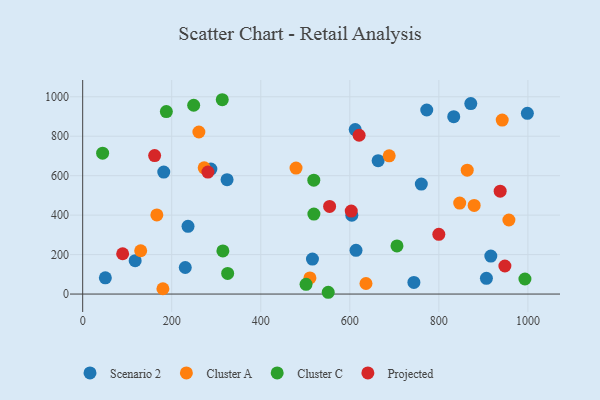
{"axis": {"x": "Ad Spend", "y": "Fuel Efficiency"}, "legend": ["Cluster A", "Cluster C", "Projected", "Scenario 2"], "data": [{"x": "604.5", "y": 399.3, "type": "Scenario 2"}, {"x": "50.9", "y": 82.3, "type": "Scenario 2"}, {"x": "117.9", "y": 169.1, "type": "Scenario 2"}, {"x": "230.4", "y": 134.7, "type": "Scenario 2"}, {"x": "998.8", "y": 915.9, "type": "Scenario 2"}, {"x": "613.9", "y": 221.6, "type": "Scenario 2"}, {"x": "612.1", "y": 833.8, "type": "Scenario 2"}, {"x": "516.1", "y": 177.5, "type": "Scenario 2"}, {"x": "287.9", "y": 633.4, "type": "Scenario 2"}, {"x": "663.6", "y": 676.1, "type": "Scenario 2"}, {"x": "871.7", "y": 965.3, "type": "Scenario 2"}, {"x": "324.3", "y": 579.5, "type": "Scenario 2"}, {"x": "760.6", "y": 557.4, "type": "Scenario 2"}, {"x": "743.9", "y": 59.0, "type": "Scenario 2"}, {"x": "906.8", "y": 79.9, "type": "Scenario 2"}, {"x": "182.1", "y": 618.5, "type": "Scenario 2"}, {"x": "833.4", "y": 899.3, "type": "Scenario 2"}, {"x": "916.7", "y": 192.6, "type": "Scenario 2"}, {"x": "772.8", "y": 932.8, "type": "Scenario 2"}, {"x": "236.6", "y": 343.3, "type": "Scenario 2"}, {"x": "272.9", "y": 639.9, "type": "Cluster A"}, {"x": "510.4", "y": 81.9, "type": "Cluster A"}, {"x": "636.3", "y": 53.5, "type": "Cluster A"}, {"x": "688.4", "y": 700.5, "type": "Cluster A"}, {"x": "130.3", "y": 219.5, "type": "Cluster A"}, {"x": "166.6", "y": 401.3, "type": "Cluster A"}, {"x": "479.2", "y": 638.7, "type": "Cluster A"}, {"x": "957.3", "y": 375.4, "type": "Cluster A"}, {"x": "846.8", "y": 461.0, "type": "Cluster A"}, {"x": "261.0", "y": 821.3, "type": "Cluster A"}, {"x": "180.2", "y": 26.9, "type": "Cluster A"}, {"x": "942.3", "y": 881.8, "type": "Cluster A"}, {"x": "879.3", "y": 449.0, "type": "Cluster A"}, {"x": "863.7", "y": 627.9, "type": "Cluster A"}, {"x": "705.9", "y": 243.7, "type": "Cluster C"}, {"x": "187.9", "y": 924.7, "type": "Cluster C"}, {"x": "519.3", "y": 405.5, "type": "Cluster C"}, {"x": "993.3", "y": 76.2, "type": "Cluster C"}, {"x": "249.3", "y": 957.1, "type": "Cluster C"}, {"x": "325.6", "y": 104.8, "type": "Cluster C"}, {"x": "551.5", "y": 9.0, "type": "Cluster C"}, {"x": "519.1", "y": 577.4, "type": "Cluster C"}, {"x": "314.9", "y": 218.6, "type": "Cluster C"}, {"x": "501.7", "y": 49.1, "type": "Cluster C"}, {"x": "44.8", "y": 714.0, "type": "Cluster C"}, {"x": "313.5", "y": 985.0, "type": "Cluster C"}, {"x": "554.6", "y": 444.1, "type": "Projected"}, {"x": "89.8", "y": 204.2, "type": "Projected"}, {"x": "161.6", "y": 701.7, "type": "Projected"}, {"x": "937.7", "y": 521.4, "type": "Projected"}, {"x": "799.9", "y": 302.5, "type": "Projected"}, {"x": "603.2", "y": 420.6, "type": "Projected"}, {"x": "948.3", "y": 142.3, "type": "Projected"}, {"x": "620.9", "y": 804.9, "type": "Projected"}, {"x": "281.3", "y": 618.4, "type": "Projected"}]}